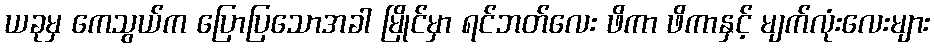
ယခုမှ ကေသွယ်က ပြောပြသောအခါ မြိုင်မှာ ရင်ဘတ်လေး ဖိကာ ဖိကာနှင့် မျက်လုံးလေးများ